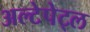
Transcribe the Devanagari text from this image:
अल्टेपेट्ल